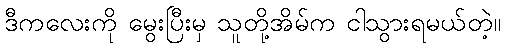
ဒီကလေးကို မွေးပြီးမှ သူတို့အိမ်က ငါသွားရမယ်တဲ့။